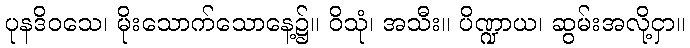
ပုနဒိဝသေ၊ မိုးသောက်သောနေ့၌။ ဝိသုံ၊ အသီး။ ပိဏ္ဍာယ၊ ဆွမ်းအလို့ငှာ။